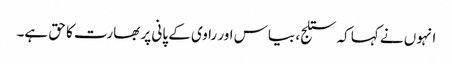
انہوں نے کہا کہ ستلج، بیاس اور راوی کے پانی پر بھارت کا حق ہے۔